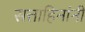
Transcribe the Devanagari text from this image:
सत्ताहिनांनी